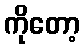
ကိုတော့